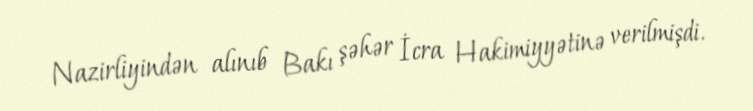
Nazirliyindən alınıb Bakı şəhər İcra Hakimiyyətinə verilmişdi.